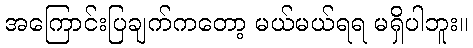
အကြောင်းပြချက်ကတော့ မယ်မယ်ရရ မရှိပါဘူး။